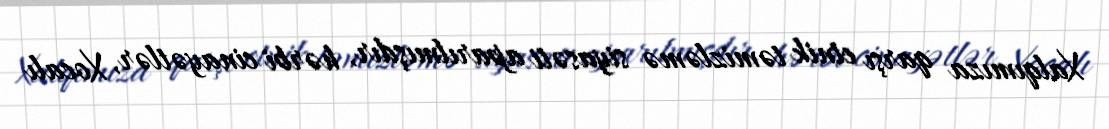
Xalqımıza qarşı etnik təmizləmə siyasəti aparılmışdır, hərbi cinayətlər, Xocalı